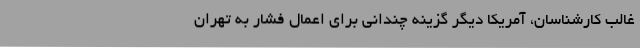
غالب کارشناسان، آمریکا دیگر گزینه چندانی برای اعمال فشار به تهران